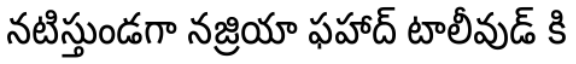
నటిస్తుండగా నజ్రియా ఫహాద్ టాలీవుడ్ కి